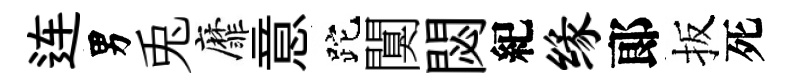
连男兎靡意跎闃閟紀缘郞扳死